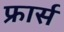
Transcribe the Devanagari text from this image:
फ्रार्स